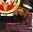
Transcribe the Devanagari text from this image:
बँकां